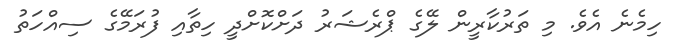
ހިމެނެ އެވެ. މި ތަރުކާރީން ލޭގެ ޕްރެޝަރު ދަށްކޮށްދީ ހިތާއި ފުރަމޭގެ ސިއްހަތު